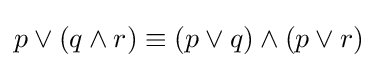
p\vee (q\wedge r)\equiv (p\vee q)\wedge (p\vee r)